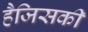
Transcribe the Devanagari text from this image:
हैजिसकी